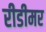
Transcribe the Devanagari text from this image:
रीडीमर